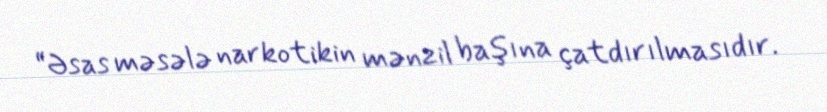
“Əsas məsələ narkotikin mənzil başına çatdırılmasıdır.